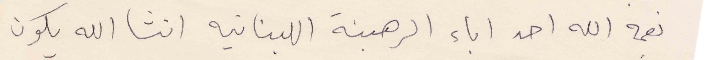
نعمة الله احد اباء الرهبنة اللبنانية انشاالله يكون